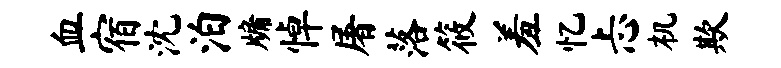
血宿沈泊牖悼屠落筱羞忆忐机欺